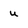
Character: u